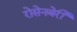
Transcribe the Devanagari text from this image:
रोसेनबेर्री